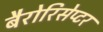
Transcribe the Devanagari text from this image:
बैरोरिसेप्टर